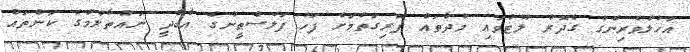
އަހުލުވެރިންގެ ގެދޮރު ލޫޓުވައި މުދާތައް ފޭރިގަތުމަށް ފަހު ފަލަސްޠީނުގެ އާބާދީ ނައްތާލުމުގެ ކަންތައް